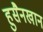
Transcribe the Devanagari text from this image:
हुसैनखान